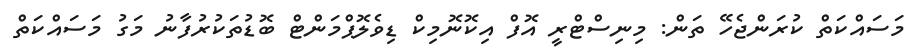
މަސައްކަތް ކުރަންޖެހޭ ތަން: މިނިސްޓްރީ އޮފް އިކޮނޮމިކް ޑިވެލޮޕްމަންޓް ބޮޑުތަކުރުފާނު މަގު މަސައްކަތް